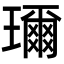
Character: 𤪙